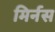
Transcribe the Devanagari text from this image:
मिर्नस